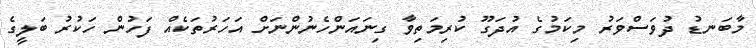
މާބަނޑު ދުވަސްވަރު މިކަމުގެ އުދަގޫ ކުރިމަތިވާ ގިނައަންހެނުންނަށް އަހަރުތަކެއް ފަހުން ހަކުރު ބަލީގެ